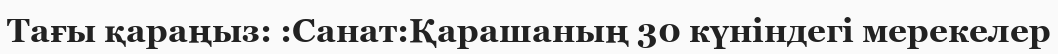
Тағы қараңыз: :Санат:Қарашаның 30 күніндегі мерекелер